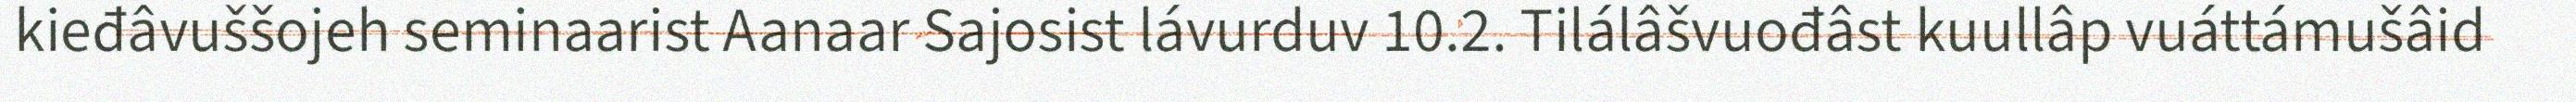
kieđâvuššojeh seminaarist Aanaar Sajosist lávurduv 10.2. Tilálâšvuođâst kuullâp vuáttámušâid